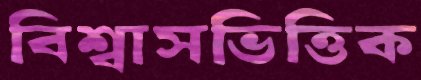
বিশ্বাসভিত্তিক